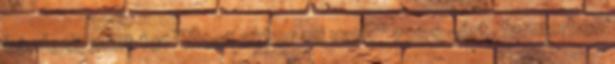
kérdezi, mint te: "Most akkor mi van?" 1500-ért, farmerben